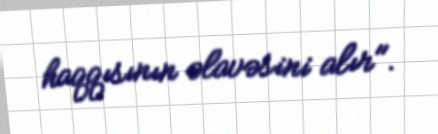
haqqısının əlavəsini alır".